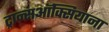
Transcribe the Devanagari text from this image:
ट्रान्सऑक्सियाना